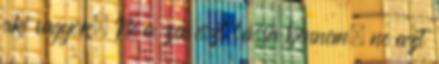
aki vagyok. Ne a zenészt lássa bennem, ne azt